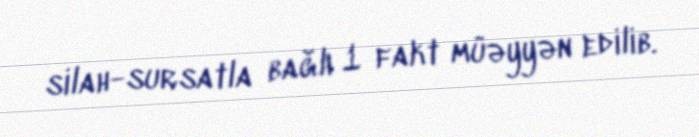
silah-sursatla bağlı 1 fakt müəyyən edilib.